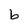
Character: b